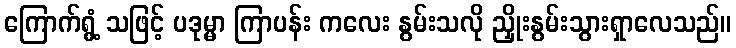
ကြောက်ရွံ့ သဖြင့် ပဒုမ္မာ ကြာပန်း ကလေး နွမ်းသလို ညှိုးနွမ်းသွားရှာလေသည်။